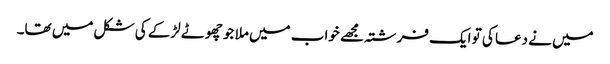
میں نے دعا کی تو ایک فرشتہ مجھے خواب میں ملا جو چھوٹے لڑکے کی شکل میں تھا۔